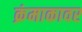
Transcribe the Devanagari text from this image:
क्रंमाकावर